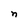
Character: n